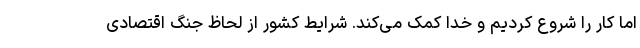
اما کار را شروع کردیم و خدا کمک می‌کند. شرایط کشور از لحاظ جنگ اقتصادی